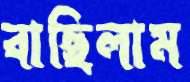
বাছিলাম